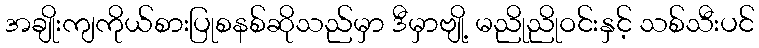
အချိုးကျကိုယ်စားပြုစနစ်ဆိုသည်မှာ ဒီမှာဗျို့ မညိုညိုဝင်းနှင့် သစ်သီးပင်